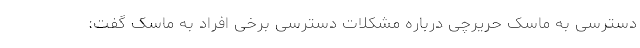
دسترسی به ماسک حریرچی درباره مشکلات دسترسی برخی افراد به ماسک گفت: